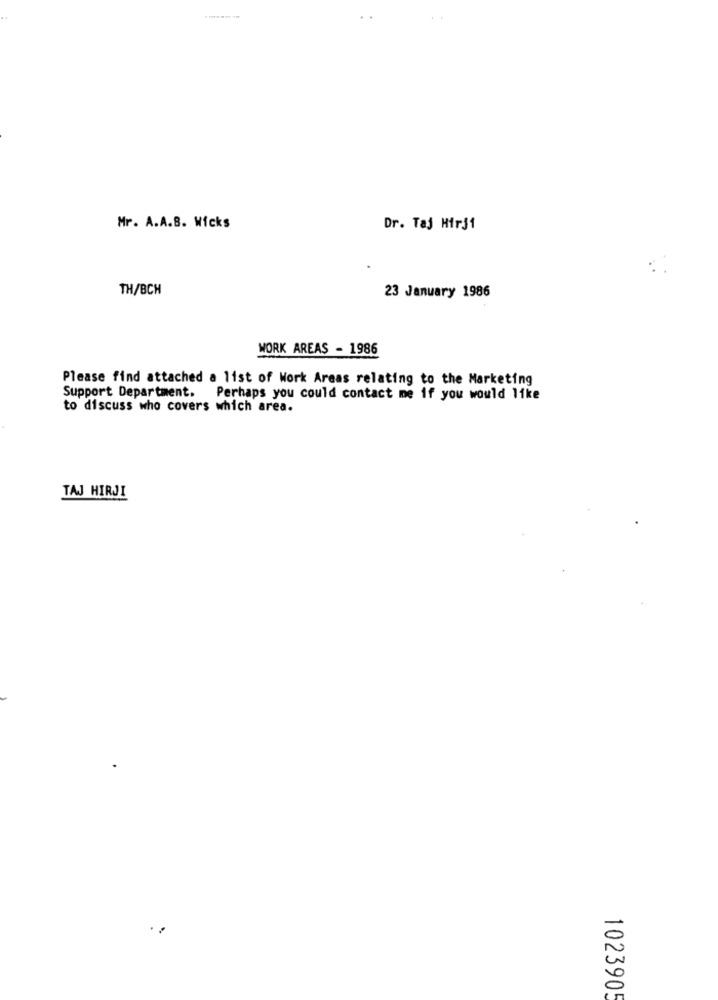
Mr. A.A.B. Wicks
Dr. Taj Hirj1
TH/BCH
23 January 1986
WORK AREAS - 1986
Please find attached a list of Work Areas relating to the Marketing
Support Department. Perhaps you could contact me if you would like
to discuss who covers which area.
TAJ HIRJI
102390!